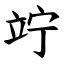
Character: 竚